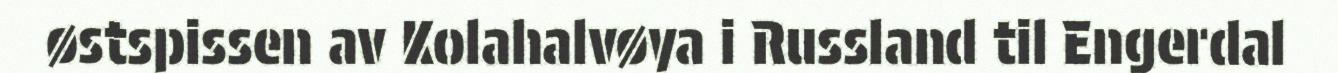
østspissen av Kolahalvøya i Russland til Engerdal